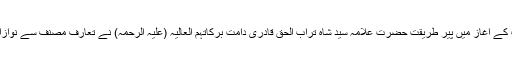
کتاب کے آغاز میں پیرِ طریقت حضرت علامہ سید شاہ تراب الحق قادری دامت برکاتہم العالیہ (علیہ الرحمہ) نے تعارف مصنف سے نوازا ہے۔